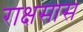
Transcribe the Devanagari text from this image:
राक्षसास